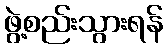
ဖွဲ့စည်းသွားရန်